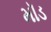
મૉડ